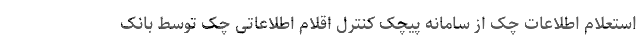
استعلام اطلاعات چک از سامانه پیچک کنترل اقلام اطلاعاتی چک توسط بانکِ